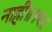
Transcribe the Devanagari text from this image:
नाहीं॥१९॥